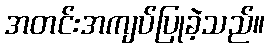
အတင်းအကျပ်ပြုခဲ့သည်။